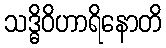
သဒ္ဓိဝိဟာရိနောတိ